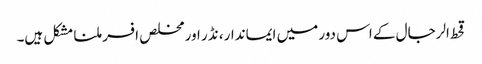
قحط الرجال کے اس دور میں ایماندار، نڈر اور مخلص افسر ملنا مشکل ہیں۔